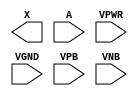
module sky130_fd_sc_ls__dlymetal6s2s (
    X   ,
    A   ,
    VPWR,
    VGND,
    VPB ,
    VNB
);

    output X   ;
    input  A   ;
    input  VPWR;
    input  VGND;
    input  VPB ;
    input  VNB ;
endmodule